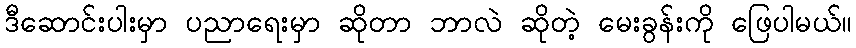
ဒီဆောင်းပါးမှာ ပညာရေးမှာ ဆိုတာ ဘာလဲ ဆိုတဲ့ မေးခွန်းကို ဖြေပါမယ်။